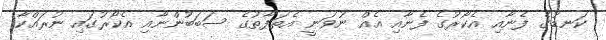
ކަނޑުގެ ފެނާއި އެކޯރުގެ ފެނާއި އެއް ނުވަނީ އެތަފާތުގެ ސަބަބުންނާއި އެކޯރުގައި ނުރައްކާ